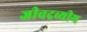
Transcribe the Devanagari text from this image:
जीवद्रव्यीय